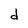
Character: d